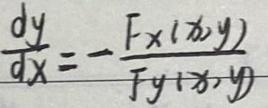
\[
\frac{dy}{dx}=-\frac{F_x(x,y)}{F_y(x,y)}
\]